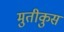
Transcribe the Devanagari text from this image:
मुतीकुस